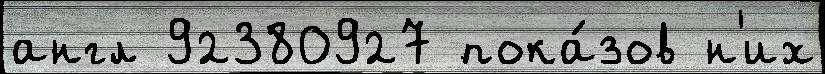
англ 92380927 пока́зов н'их